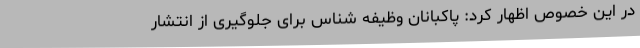
در این خصوص اظهار کرد: پاکبانان وظیفه شناس برای جلوگیری از انتشار